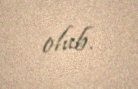
olub.